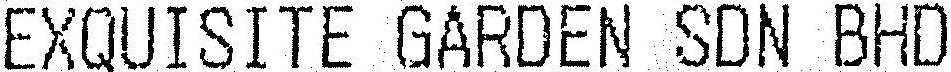
EXQUISITE GARDEN SDN BHD